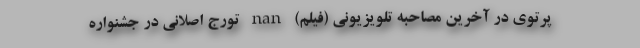
پرتوی در آخرین مصاحبه تلویزیونی (فیلم) nan تورج اصلانی در جشنواره